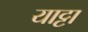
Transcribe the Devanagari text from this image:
याट्टा